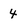
Character: 4